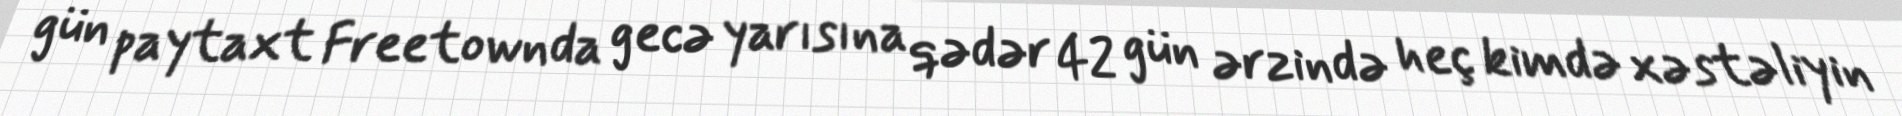
gün paytaxt Freetownda gecə yarısına qədər 42 gün ərzində heç kimdə xəstəliyin